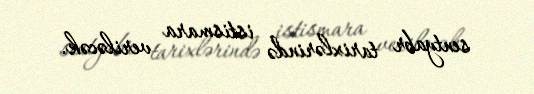
sentyabr tarixlərində istismara veriləcək.